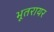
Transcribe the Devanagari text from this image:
भूतरायर